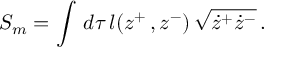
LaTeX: S _ { m } = \int \, d \tau \, l ( z ^ { + } \, , z ^ { - } ) \, \sqrt { \dot { z } ^ { + } \dot { z } ^ { - } } \, .